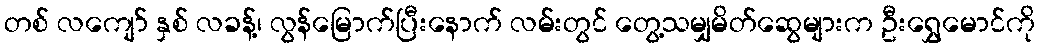
တစ် လကျော် နှစ် လခန့်၊ လွန်မြောက်ပြီးနောက် လမ်းတွင် တွေ့သမျှမိတ်ဆွေများက ဦးရွှေမောင်ကို